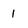
Character: 1